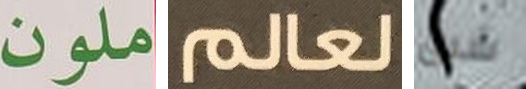
ملون لعالم شبق